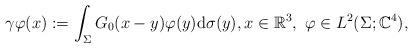
LaTeX: \begin{align*} \gamma \varphi(x) := \int_\Sigma G_0(x - y) \varphi(y) \mathrm{d} \sigma(y), x \in \mathbb{R}^3, ~\varphi \in L^2(\Sigma; \mathbb{C}^4),\end{align*}